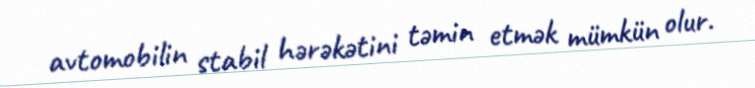
avtomobilin stabil hərəkətini təmin etmək mümkün olur.